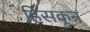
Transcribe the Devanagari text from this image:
हिसकून